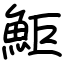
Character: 鮔